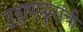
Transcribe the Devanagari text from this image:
उड्डाणपुलांची